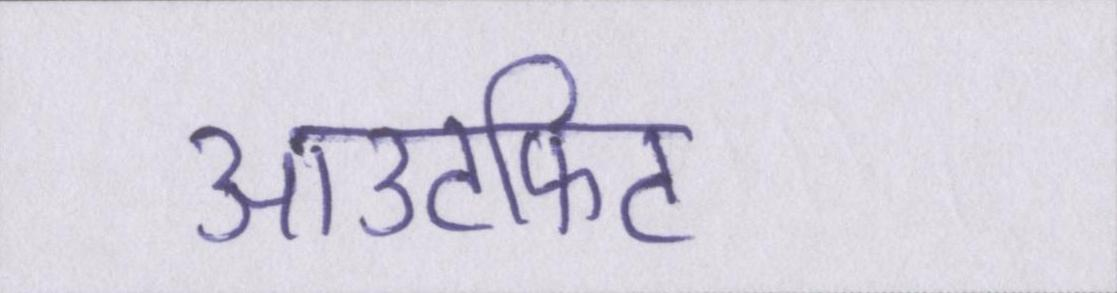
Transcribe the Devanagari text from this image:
आउटफिट